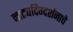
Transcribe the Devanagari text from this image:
नाट्यदिग्दर्शनाचे